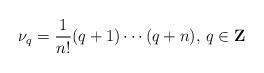
LaTeX: \begin{align*}\nu_q={1\over n!}(q+1)\cdots(q+n),\,q\in{\bf Z}\end{align*}